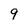
Character: 9